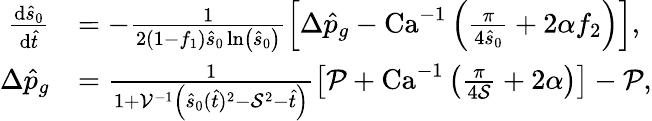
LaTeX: \begin{array}{rl}{\frac{\mathrm{d}\hat{s}_{0}}{\mathrm{d}\hat{t}}}&{=-\frac{1}{2(1-f_{1})\hat{s}_{0}\ln\left(\hat{s}_{0}\right)}\left[\Delta\hat{p}_{g}-\textrm{Ca}^{-1}\left(\frac{\pi}{4\hat{s}_{0}}+2\alpha f_{2}\right)\right],}\\ {\Delta\hat{p}_{g}}&{=\frac{1}{1+\mathcal{V}^{-1}\left(\hat{s}_{0}(\hat{t})^{2}-\mathcal{S}^{2}-\hat{t}\right)}\left[\mathcal{P}+\textrm{Ca}^{-1}\left(\frac{\pi}{4\mathcal{S}}+2\alpha\right)\right]-\mathcal{P},}\end{array}